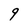
Character: 9